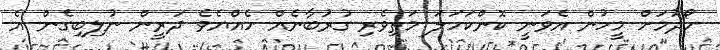
ހޯދުމަށް މީހުން އެވަނީ ކޮންކަހަލަ މަތިވެރި ގުރުބާނެއް ހެއްޔެވެ ދަރީން ނުލިބިގެން އެ